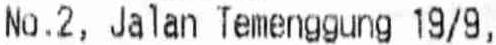
NO.2, JALAN TEMENGGUNG 19/9,